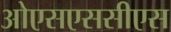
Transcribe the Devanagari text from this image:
ओएसएससीएस